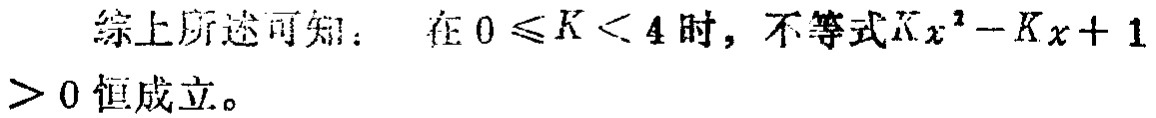
综上所述可知：在\(0 \leq K < 4\)时，不等式\(Kx^{2}-Kx + 1> 0\)恒成立。